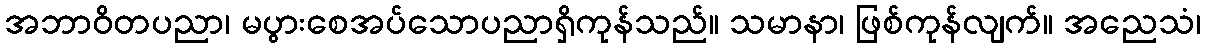
အဘာဝိတပညာ၊ မပွားစေအပ်သောပညာရှိကုန်သည်။ သမာနာ၊ ဖြစ်ကုန်လျက်။ အညေသံ၊